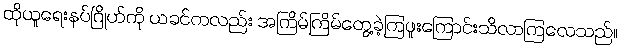
ထိုယူရေးနပ်ဂြိုဟ်ကို ယခင်ကလည်း အကြိမ်ကြိမ်တွေ့ခဲ့ကြဖူးကြောင်းသိလာကြလေသည်။